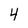
Character: 4